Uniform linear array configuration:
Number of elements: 8
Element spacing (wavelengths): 0.25
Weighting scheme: cosine
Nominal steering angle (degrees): -60
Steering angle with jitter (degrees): -61.349
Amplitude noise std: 0.05
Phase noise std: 0.05

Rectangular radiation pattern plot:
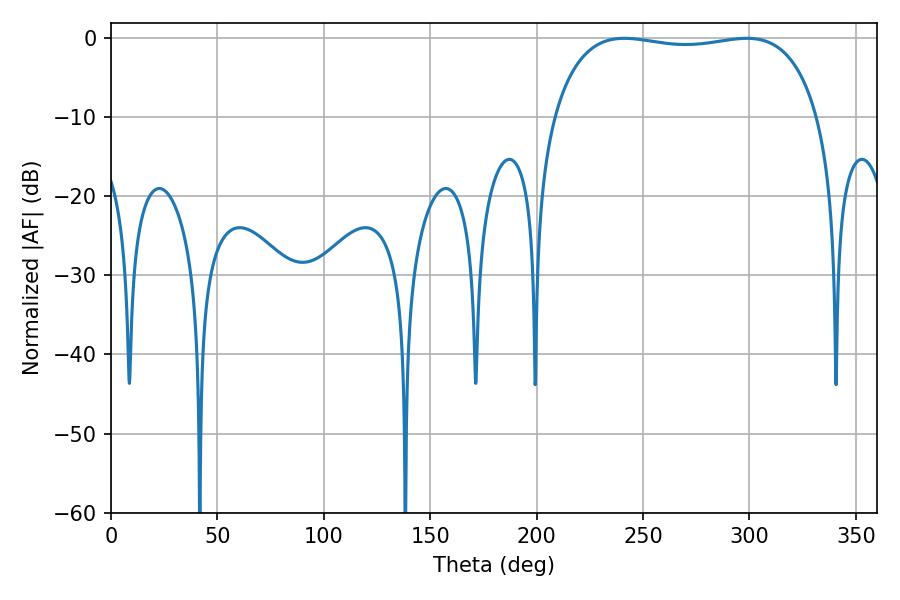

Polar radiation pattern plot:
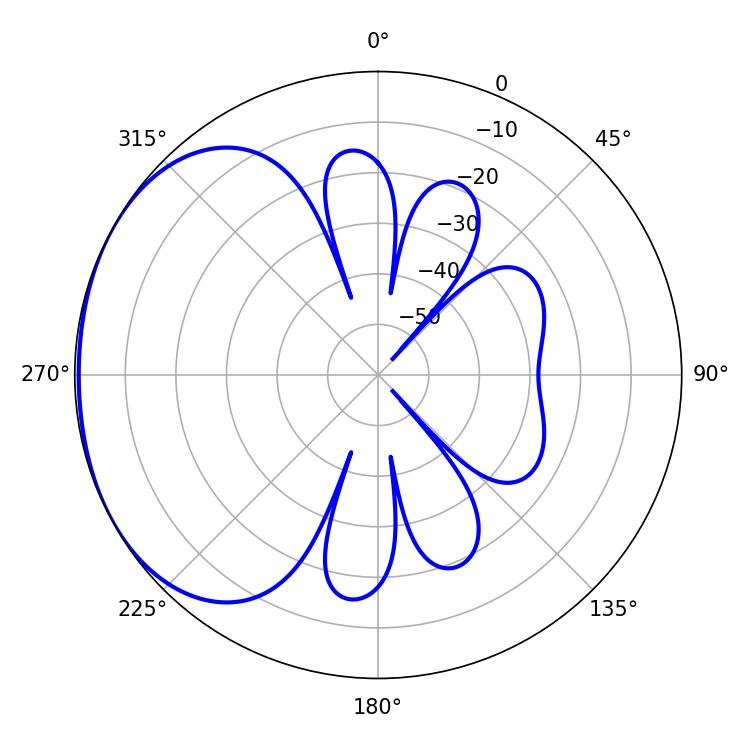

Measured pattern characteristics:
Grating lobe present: FALSE
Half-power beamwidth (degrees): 100.08
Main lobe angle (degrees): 241.2